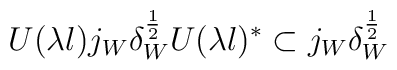
U(\lambda l)j_{W}\delta _{W}^{\frac{1}{2}}U(\lambda l)^{*}\subsetj_{W}\delta _{W}^{\frac{1}{2}}